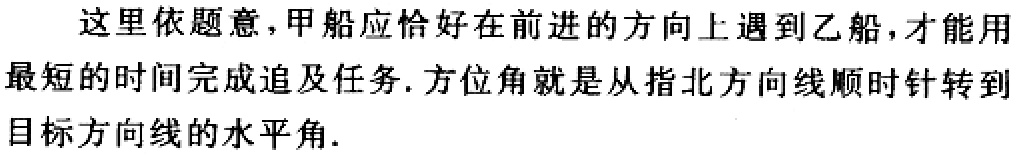
这里依题意，甲船应恰好在前进的方向上遇到乙船，才能用
最短的时间完成追及任务. 方位角就是从指北方向线顺时针转到
目标方向线的水平角.